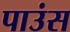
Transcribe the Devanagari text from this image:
पाउंस